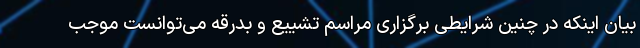
بیان اینکه در چنین شرایطی برگزاری مراسم تشییع و بدرقه می‌توانست موجب